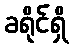
ခရိုင်ရှိ